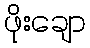
ဖိုးချော